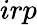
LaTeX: irp